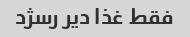
فقط غذا دیر رسژد